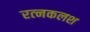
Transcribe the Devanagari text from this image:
रत्‍नकलश